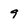
Character: 9